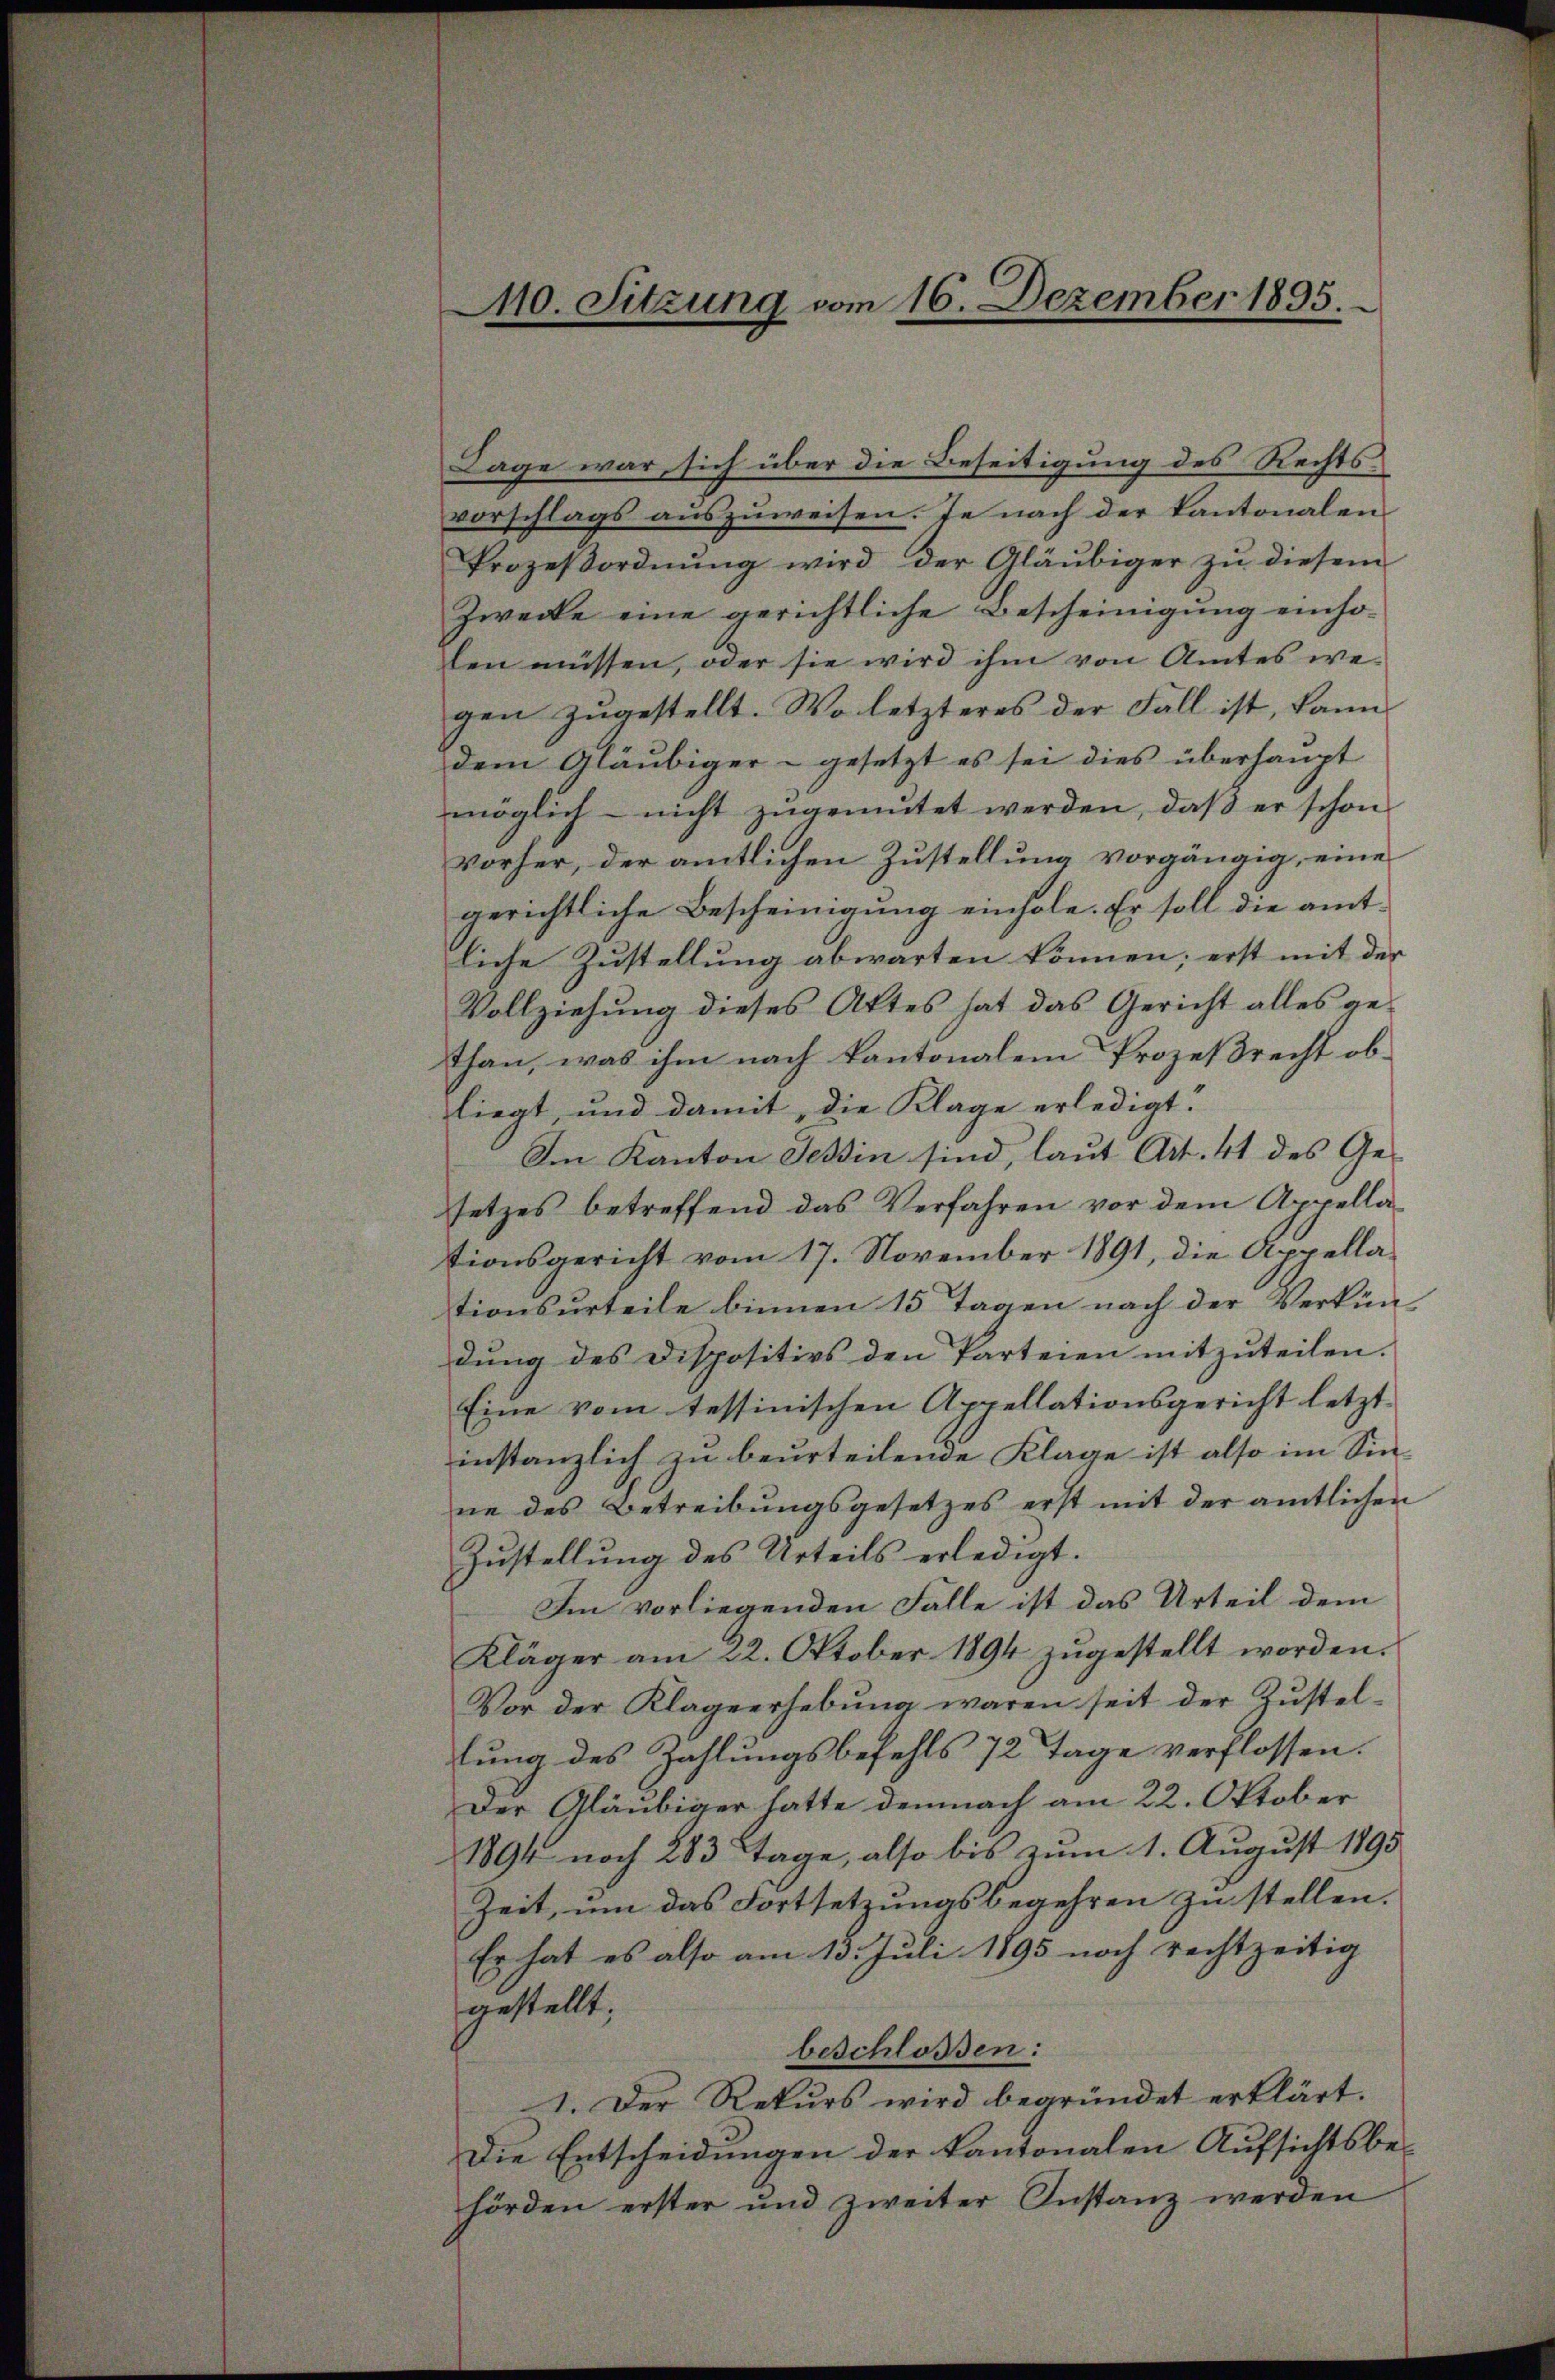
10. Sitzung vom 16. Dezember 1895.

Lage war, sich über die Beseitigung des Rechtsvorschlags auszuweisen. Je nach der Kantonalen
Prozeβordnŭng wird der Gläubiger zŭ diesem
Zwecke eine gerichtliche Bescheinigŭng einho-
len müssen, oder sie wird ihm von Amtes we-
gen zŭgestellt. Wo letzteres der Fall ist, kann
dem Gläubiger - gesetzt es sei dies überhaupt
möglich - nicht zugemutet werden, daß er schon
vorher, der amtlichen Zustellung vorgängig, eine
gerichtliche Bescheinigung einhole. Er soll die amt-
liche Zustellung abwarten können; erst mit der
Vollziehung dieses Attes hat das Gericht alles gethan, was ihm nach kantonalen Prozeßrecht obliegt, und damit, die Klage erledigt.
Im Kanton Tessin sind, laut Art. 41 des Gesetzes betreffend das Verfahren vor dem Appellationsgericht vom 17. November 1891, die Appellationsurteile binnen 15 Tagen nach der Verkün-
dung des Dispositivs den Parteien mitzŭteilen.
Eine vom tessinischen Appellationsgericht letzt
instanzlich zu beurteilende Klage ist also im Sin-
ne des Betreibŭngsgesetzes erst mit der amtlichen
Zŭstellŭng des Urteils erledigt.
Im vorliegenden Falle ist das Urteil dem
Kläger am 22. Oktober 1894 zŭgestellt worden.
Vor der Klageerhebŭng waren seit der Zŭstel-
lung des Zahlungsbefehls 72 Tage verflossen:
Der Gläubiger hatte demnach am 22. Oktober
1894 noch 283 Tage, also bis zum 1. August 1895
Zeit, um das Fortsetzungsbegehren zu stellen.
Er hat es also am 15. Juli 1895 noch rechtzeitig
gestellt;
beschlossen:
1. Der Rekurs wird begründet erklärt.
Die Entscheidungen der kantonalen Aufsichtsbehörden erster und zweiter Instanz werden